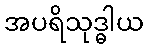
အပရိသုဒ္ဓါယ